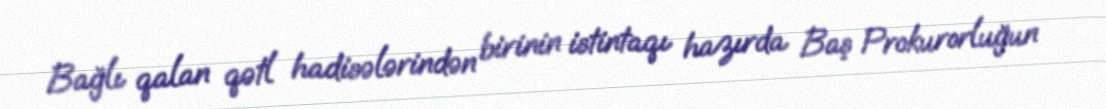
Bağlı qalan qətl hadisələrindən birinin istintaqı hazırda Baş Prokurorluğun